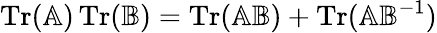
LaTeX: \operatorname{Tr}(\mathbb{A})\operatorname{Tr}(\mathbb{B})=\operatorname{Tr}(\mathbb{A}\mathbb{B})+\operatorname{Tr}(\mathbb{A}\mathbb{B}^{-1})